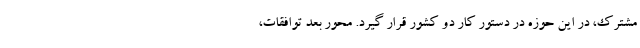
مشترک، در این حوزه در دستور کار دو کشور قرار گیرد. محور بعد توافقات،